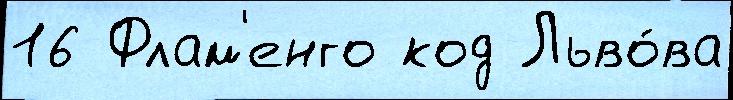
16 Флам'енго код Льво́ва